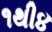
૧થી૪